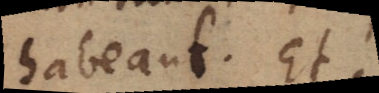
habeant. Et